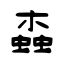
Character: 螙